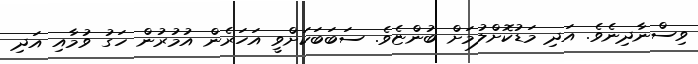
ވިސްނާދިނެވެ. އަދި މަޑުކޮށްލުމަށް ބުންޏެވެ. ސަބަބަކަށްވީ އަހަރެން އުމުރުން ހަގު ވުމާއި އަދި